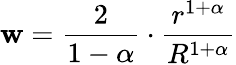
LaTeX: \mathbf{w}=\frac{{2}}{{1-\alpha}}\cdot\frac{{r^{1+\alpha}}}{{R^{1+\alpha}}}